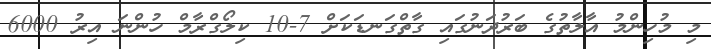
މި މުހިންމު އާލާތުގެ ބަރުދަނުގައި ގާތްގަނޑަކަށް 7-10 ކިލޯގްރާމް ހުންނަ އިރު 6000